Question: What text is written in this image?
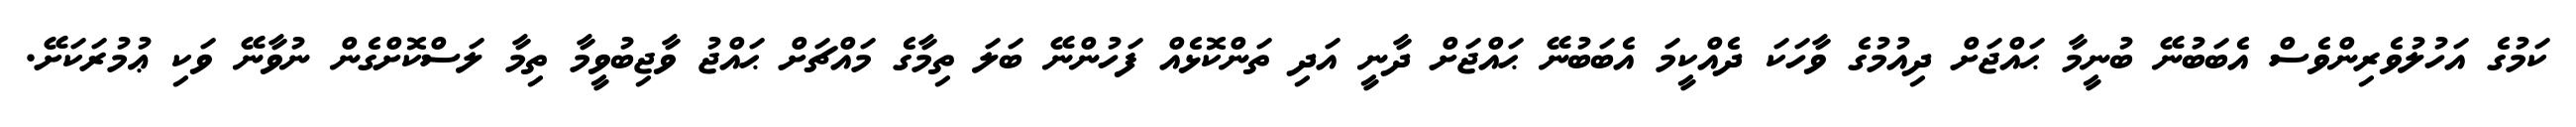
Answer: ކަމުގެ އަހުލުވެރިންވެސް އެބަބުނޭ ބުނީމާ ޙައްޖަށް ދިއުމުގެ ވާހަކަ ދެއްކީމަ އެބަބުނޭ ޙައްޖަށް ދާނީ އަދި ތަންކޮޅެއް ފަހުންނޭ ބަލަ ތިމާގެ މައްޗަށް ޙައްޖު ވާޖިބުވީމާ ތިމާ ލަސްކޮށްގެން ނުވާނޭ ވަކި ޢުމުރަކަށޭ.